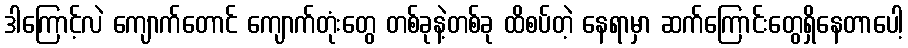
ဒါကြောင့်လဲ ကျောက်တောင် ကျောက်တုံးတွေ တစ်ခုနဲ့တစ်ခု ထိစပ်တဲ့ နေရာမှာ ဆက်ကြောင်းတွေရှိနေတာပေါ့